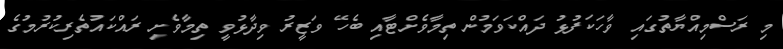
މި ރަސްމިއްޔާތުގައި ވާހަކަފުޅު ދައްކަވަމުން ތިމާވެށްޓާއި ބެހޭ ވަޒީރު ވިދާޅުވީ ތިމާވެށި ރައްކައުތެރިކުރުމުގެ